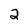
Character: 2